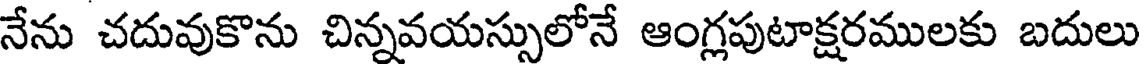
నేను చదువుకొను చిన్నవయస్సులోనే ఆంగ్లపుటాక్షరములకు బదులు